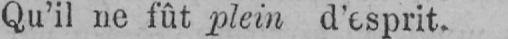
Qu’il ne fût plein d’esprit.